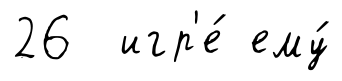
26 игр'е́ ему́